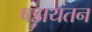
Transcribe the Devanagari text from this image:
षडायतन